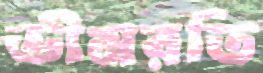
ভীমরতি